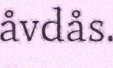
åvdås.